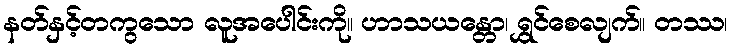
နတ်နှင့်တကွသော လူအပေါင်းကို။ ဟာသယန္တော၊ ရွှင်စေလျက်။ တဿ၊